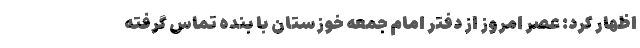
اظهار کرد: عصر امروز از دفتر امام جمعه خوزستان با بنده تماس گرفته